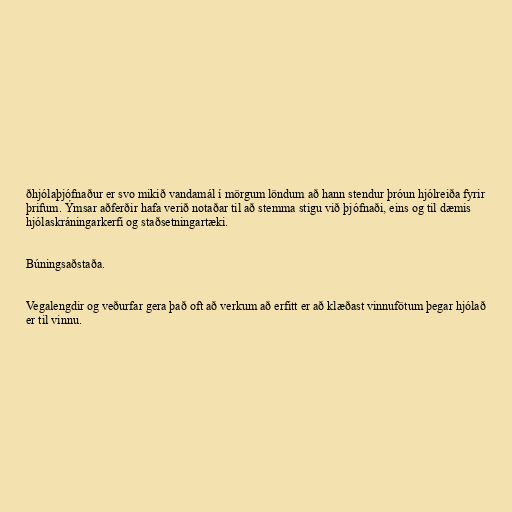
ðhjólaþjófnaður er svo mikið vandamál í mörgum löndum að hann stendur þróun hjólreiða fyrir
þrifum. Ýmsar aðferðir hafa verið notaðar til að stemma stigu við þjófnaði, eins og til dæmis
hjólaskráningarkerfi og staðsetningartæki.

Búningsaðstaða.

Vegalengdir og veðurfar gera það oft að verkum að erfitt er að klæðast vinnufötum þegar hjólað
er til vinnu.